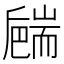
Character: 𦓝